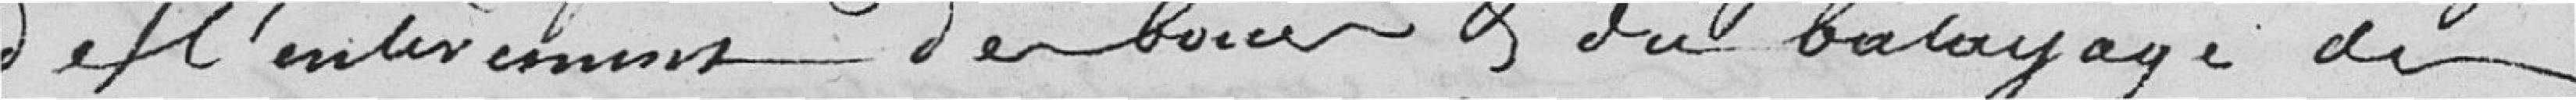
de l'enlèvement des boues et du balayage de